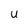
Character: U